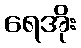
ရေအိုး